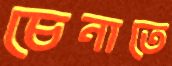
চেনাতে